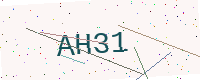
Text: AH31